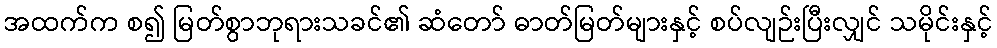
အထက်က စ၍ မြတ်စွာဘုရားသခင်၏ ဆံတော် ဓာတ်မြတ်များနှင့် စပ်လျဉ်းပြီးလျှင် သမိုင်းနှင့်